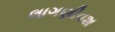
લાગણીવશ